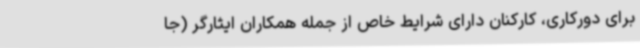
برای دورکاری، کارکنان دارای شرایط خاص از جمله همکاران ایثارگر (جا